Vaccination in Bombay 1863-1868 - 1863-1868
Year: 1863
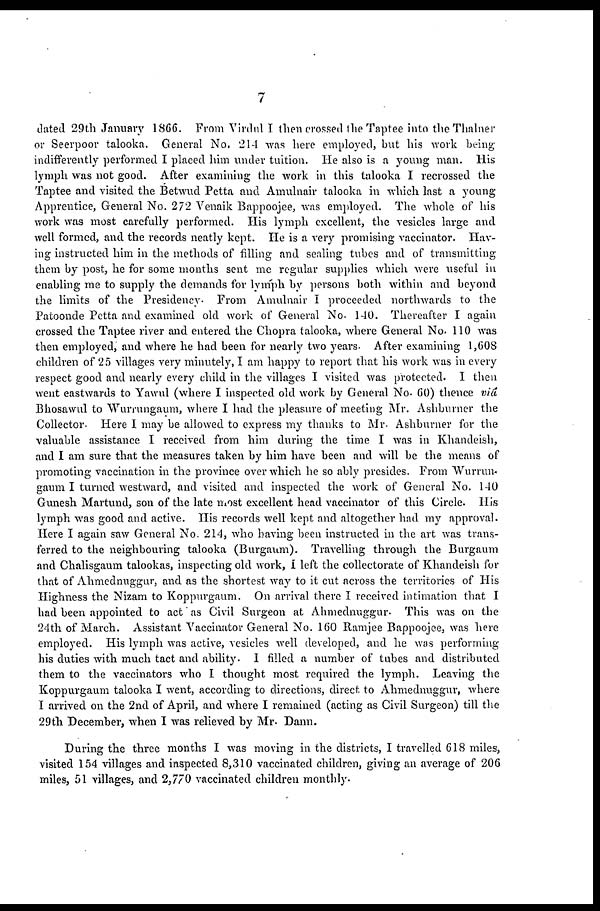
7
dated 29th January 1866. From Virdul I then crossed the Taptee into the Thalner
or Seerpoor talooka. General No. 214 was here employed, but his work being
indifferently performed I placed him under tuition. He also is a young man. His
lymph was not good. After examining the work in this talooka I recrossed the
Taptee and visited the Betwud Petta and Amulnair talooka in which last a young
Apprentice, General No. 272 Venaik Bappoojee, was employed. The whole of his
work was most carefully performed. His lymph excellent, the vesicles large and
well formed, and the records neatly kept. He is a very promising vaccinator. Hav-
ing instructed him in the methods of filling and sealing tubes and of transmitting
them by post, he for some months sent me regular supplies which were useful in
enabling me to supply the demands for lymph by persons both within and beyond
the limits of the Presidency. From Amulnair I proceeded northwards to the
Patoonde Petta and examined old work of General No. 140. Thereafter I again
crossed the Taptee river and entered the Chopra talooka, where General No. 110 was
then employed, and where he had been for nearly two years. After examining 1,608
children of 25 villages very minutely, I am happy to report that his work was in every
respect good and nearly every child in the villages I visited was protected. I then
went eastwards to Yawul (where I inspected old work by General No. 60) thence via
Bhosawul to Wurrungaum, where I had the pleasure of meeting Mr. Ashburner the
Collector. Here I may be allowed to express my thanks to Mr. Ashburner for the
valuable assistance I received from him during the time I was in Khandeish,
and I am sure that the measures taken by him have been and will be the means of
promoting vaccination in the province over which he so ably presides. From Wurrun-
gaum I turned westward, and visited and inspected the work of General No. 140
Gunesh Martund, son of the late most excellent head vaccinator of this Circle. His
lymph was good and active. His records well kept and altogether had my approval.
Here I again saw General No. 214, who having been instructed in the art was trans-
ferred to the neighbouring talooka (Burgaum). Travelling through the Burgaum
and Chalisgaum talookas, inspecting old work, I left the collectorate of Khandeish for
that of Ahmednuggur, and as the shortest way to it cut across the territories of His
Highness the Nizam to Koppurgaum. On arrival there I received intimation that I
had been appointed to act as Civil Surgeon at Ahmednuggur. This was on the
24th of March. Assistant Vaccinator General No. 160 Ramjee Bappoojee, was here
employed. His lymph was active, vesicles well developed, and he was performing
his duties with much tact and ability. I filled a number of tubes and distributed
them to the vaccinators who I thought most required the lymph. Leaving the
Koppurgaum talooka I went, according to directions, direct to Ahmednuggur, where
I arrived on the 2nd of April, and where I remained (acting as Civil Surgeon) till the
29th December, when I was relieved by Mr. Dann.
During the three months I was moving in the districts, I travelled 618 miles,
visited 154 villages and inspected 8,310 vaccinated children, giving an average of 206
miles, 51 villages, and 2,770 vaccinated children monthly.